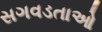
સગવડતાઓ